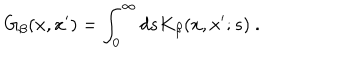
G _ { \beta } ( x , x ^ { \prime } ) = \int _ { 0 } ^ { \infty } d s K _ { \beta } ( x , x ^ { \prime } ; s ) \ .